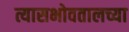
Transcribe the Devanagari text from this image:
त्यासभोवतालच्या